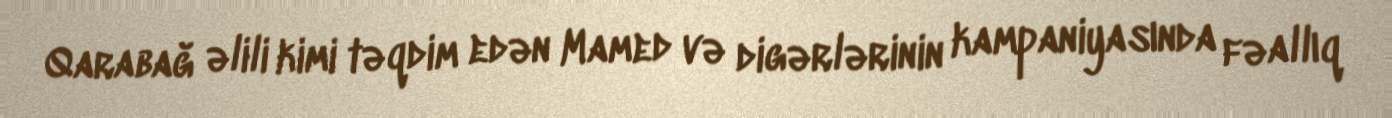
Qarabağ əlili kimi təqdim edən Mamed və digərlərinin kampaniyasında fəallıq